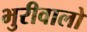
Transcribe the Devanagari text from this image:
भुरीवालो